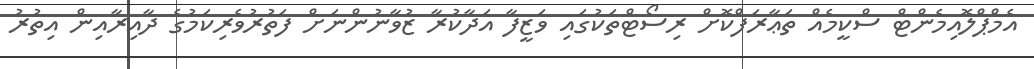
އެމްޕްލޮއިމެންޓް ސްކީމެއް ތަޢާރަފްކޮށް ރިސޯޓްތަކުގައި ވަޒީފާ އަދާކުރާ ޒުވާނުންނަށް ފަތުރުވެރިކަމުގެ ދާއިރާއިން އިތުރު